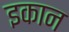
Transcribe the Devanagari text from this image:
इकान